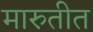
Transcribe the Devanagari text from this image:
मारुतीत